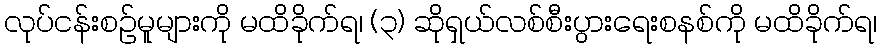
လုပ်ငန်းစဉ်မူများကို မထိခိုက်ရ၊ (၃) ဆိုရှယ်လစ်စီးပွားရေးစနစ်ကို မထိခိုက်ရ၊